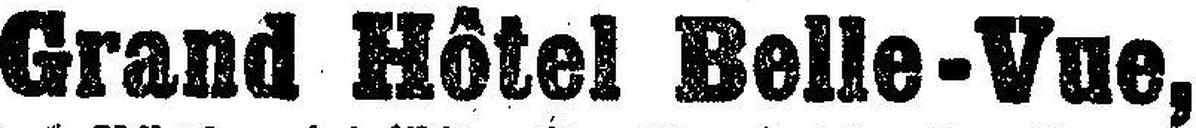
Grand Hôtel Belle-Vue,